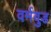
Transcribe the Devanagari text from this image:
वर्मवुड